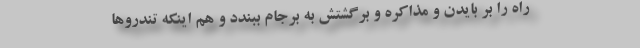
راه را بر بایدن و مذاکره و برگشتش به برجام ببندد و هم اینکه تندروها